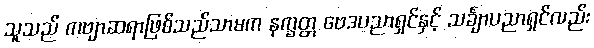
သူသည် ကဗျာဆရာဖြစ်သည်သာမက နက္ခတ္တ ဗေဒပညာရှင်နှင့် သင်္ချာပညာရှင်လည်း